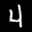
Label: 4